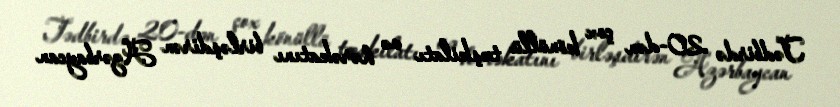
Tədbirdə 20-dən çox könüllü təşkilatı və hərəkatını birləşdirən Azərbaycan